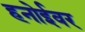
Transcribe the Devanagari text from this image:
हनोईवर